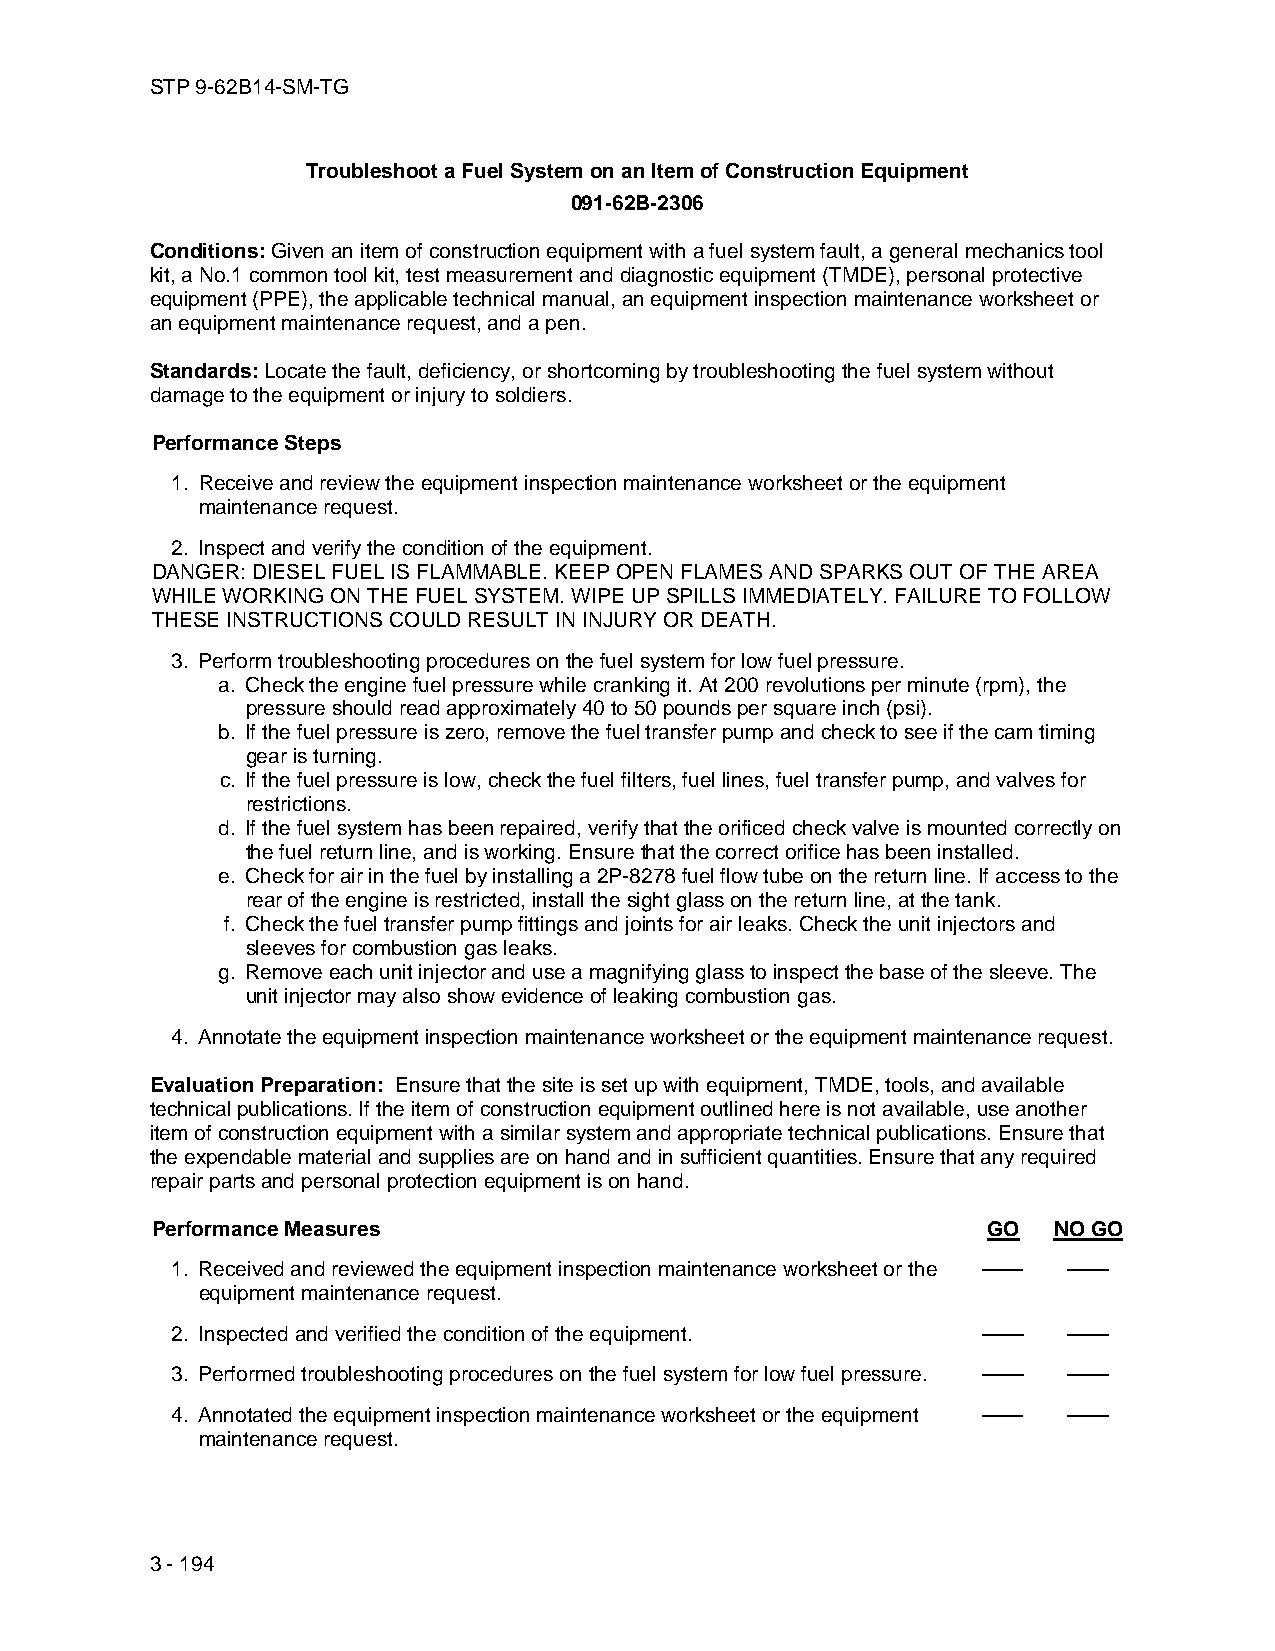
STP 9-62B14-SM-TG
 Troubleshoot a Fuel System on an Item of Construction Equipment
 091-62B-2306
 Conditions: Given an item of construction equipment with a fuel system fault, a general mechanics tool
 kit, a No.1 common tool kit, test measurement and diagnostic equipment (TMDE), personal protective
 equipment (PPE), the applicable technical manual, an equipment inspection maintenance worksheet or
 an equipment maintenance request, and a pen.
 Standards: Locate the fault, deficiency, or shortcoming by troubleshooting the fuel system without
 damage to the equipment or injury to soldiers.
 Performance Steps
 1. Receive and review the equipment inspection maintenance worksheet or the equipment
 maintenance request.
 2. Inspect and verify the condition of the equipment.
 DANGER: DIESEL FUEL IS FLAMMABLE. KEEP OPEN FLAMES AND SPARKS OUT OF THE AREA
 WHILE WORKING ON THE FUEL SYSTEM. WIPE UP SPILLS IMMEDIATELY. FAILURE TO FOLLOW
 THESE INSTRUCTIONS COULD RESULT IN INJURY OR DEATH.
 3. Perform troubleshooting procedures on the fuel system for low fuel pressure.
 a. Check the engine fuel pressure while cranking it. At 200 revolutions per minute (rpm), the
 pressure should read approximately 40 to 50 pounds per square inch (psi).
 b. If the fuel pressure is zero, remove the fuel transfer pump and check to see if the cam timing
 gear is turning.
 c. If the fuel pressure is low, check the fuel filters, fuel lines, fuel transfer pump, and valves for
 restrictions.
 d. If the fuel system has been repaired, verify that the orificed check valve is mounted correctly on
 the fuel return line, and is working. Ensure that the correct orifice has been installed.
 e. Check for air in the fuel by installing a 2P-8278 fuel flow tube on the return line. If access to the
 rear of the engine is restricted, install the sight glass on the return line, at the tank.
 f. Check the fuel transfer pump fittings and joints for air leaks. Check the unit injectors and
 sleeves for combustion gas leaks.
 g. Remove each unit injector and use a magnifying glass to inspect the base of the sleeve. The
 unit injector may also show evidence of leaking combustion gas.
 4. Annotate the equipment inspection maintenance worksheet or the equipment maintenance request.
 Evaluation Preparation: Ensure that the site is set up with equipment, TMDE, tools, and available
 technical publications. If the item of construction equipment outlined here is not available, use another
 item of construction equipment with a similar system and appropriate technical publications. Ensure that
 the expendable material and supplies are on hand and in sufficient quantities. Ensure that any required
 repair parts and personal protection equipment is on hand.
 Performance Measures                                   GO   NO GO
 1. Received and reviewed the equipment inspection maintenance worksheet or the —— ——
 equipment maintenance request.
 2. Inspected and verified the condition of the equipment. —— ——
 3. Performed troubleshooting procedures on the fuel system for low fuel pressure. —— ——
 4. Annotated the equipment inspection maintenance worksheet or the equipment —— ——
 maintenance request.
 3 - 194